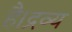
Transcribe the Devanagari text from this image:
है।द्रव्य